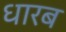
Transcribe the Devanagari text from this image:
धारब